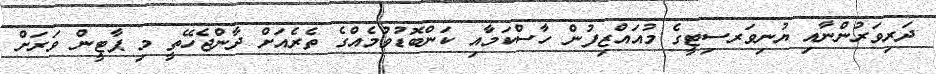
ދަރިވަރުންނާއި ޔުނިވަރސިޓީގެ މުއައްޒިފުން ހާސްކަމާއި ކަންބޮޑުވުމެއްގެ ތެރެއަށް ދާންޖެހޭތީ މި ޕާޓީން ވަރަށް